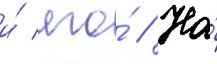
и́ его́ // На́